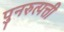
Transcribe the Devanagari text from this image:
पुनरुत्पत्ती